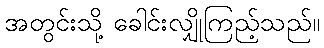
အတွင်းသို့ ခေါင်းလျှိုကြည့်သည်။